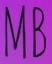
MB